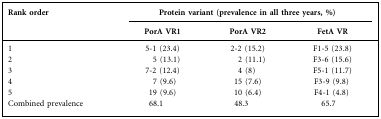
| <ROWSPAN=2> Rank order | <COLSPAN=3> Protein variant (prevalence in all three years, %) |
 | PorA VR1 | PorA VR2 | FetA VR |
 | --- | --- | --- | --- |
 | 1 | 5-1 (23.4) | 2-2 (15.2) | F1-5 (23.8) |
 | 2 | 5 (13.1) | 2 (11.1) | F3-6 (15.6) |
 | 3 | 7-2 (12.4) | 4 (8) | F5-1 (11.7) |
 | 4 | 7 (9.6) | 15 (7.6) | F3-9 (9.8) |
 | 5 | 19 (9.6) | 10 (6.4) | F4-1 (4.8) |
 | Combined prevalence | 68.1 | 48.3 | 65.7 |